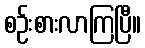
စဉ်းစားလာကြပြီ။